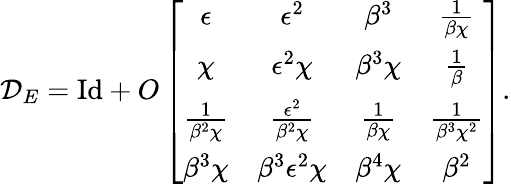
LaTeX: \mathcal{D}_{E}=\mathrm{Id}+O\left[\begin{array}{cccc}{\epsilon}&{\epsilon^{2}}&{\beta^{3}}&{\frac{1}{\beta\chi}}\\ {\chi}&{\epsilon^{2}\chi}&{\beta^{3}\chi}&{\frac{1}{\beta}}\\ {\frac{1}{\beta^{2}\chi}}&{\frac{\epsilon^{2}}{\beta^{2}\chi}}&{\frac{1}{\beta\chi}}&{\frac{1}{\beta^{3}\chi^{2}}}\\ {\beta^{3}\chi}&{\beta^{3}\epsilon^{2}\chi}&{\beta^{4}\chi}&{\beta^{2}}\end{array}\right].